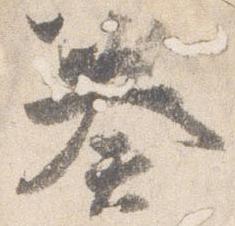
奏